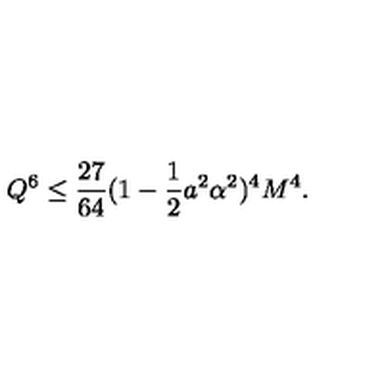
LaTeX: { Q } ^ { 6 } \leq \frac { 2 7 } { 6 4 } ( 1 - \frac 1 2 a ^ { 2 } \alpha ^ { 2 } ) ^ { 4 } M ^ { 4 } .